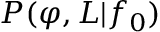
P ( \varphi , L | f _ { 0 } )